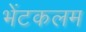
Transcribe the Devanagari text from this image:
भेंटकलम